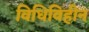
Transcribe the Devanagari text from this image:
विधिविहीन